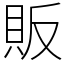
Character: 販